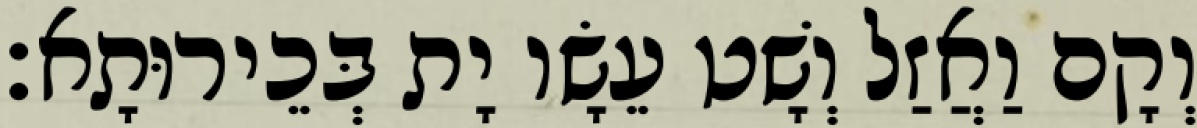
וְקָם וַאֲזַל וְשָׁט עֵשָׂו יָת בְּכֵירוּתָא׃